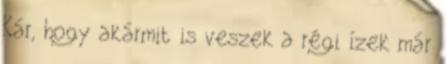
Kár, hogy akármit is veszek a régi ízek már